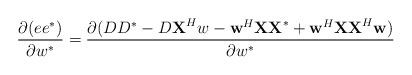
LaTeX: \begin{align*}\frac{\partial (ee^*)}{\partial w^*} = \frac{\partial (DD^* - D\textbf{X}^{H}w - \textbf{w}^{H}\textbf{XX}^{*} + \textbf{w}^{H}\textbf{XX}^{H}\textbf{w} ) }{\partial w^{*}}\end{align*}